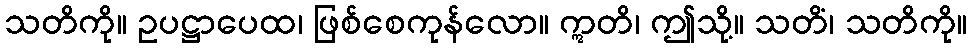
သတိကို။ ဥပဋ္ဌာပေထ၊ ဖြစ်စေကုန်လော။ ဣတိ၊ ဤသို့။ သတိံ၊ သတိကို။